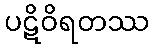
ပဋိဝိရတဿ